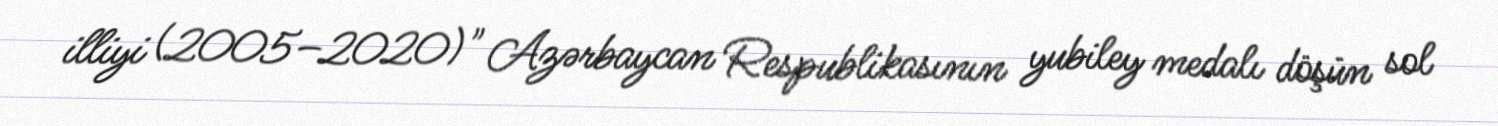
illiyi (2005–2020)" Azərbaycan Respublikasının yubiley medalı döşün sol